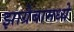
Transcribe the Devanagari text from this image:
झाग्रेबामध्ये